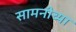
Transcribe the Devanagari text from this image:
सामनीच्या